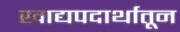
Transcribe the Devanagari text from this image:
खाद्यपदार्थातून